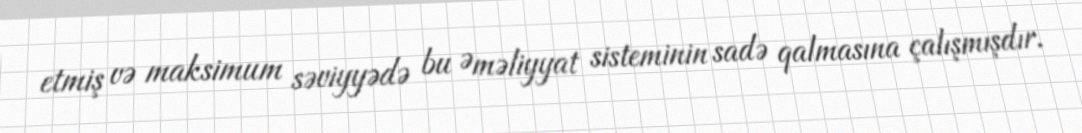
etmiş və maksimum səviyyədə bu Əməliyyat sisteminin sadə qalmasına çalışmışdır.